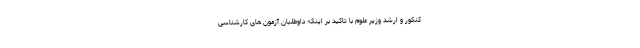
کنکور و ارشد وزیر علوم با تاکید بر اینکه داوطلبان آزمون های کارشناسی